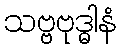
သဗ္ဗဗုဒ္ဓါနံ